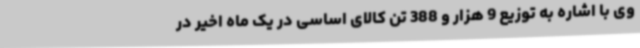
وی با اشاره به توزیع 9 هزار و 388 تن کالای اساسی در یک ماه اخیر در